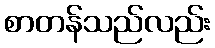
စာတန်သည်လည်း